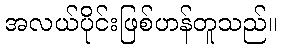
အလယ်ပိုင်းဖြစ်ဟန်တူသည်။